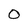
Character: O